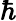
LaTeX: \hbar